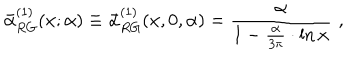
\bar { \alpha } _ { R G } ^ { ( 1 ) } ( x ; \alpha ) \equiv \bar { \alpha } _ { R G } ^ { ( 1 ) } ( x , 0 , \alpha ) = \frac { \alpha } { 1 - \frac { \alpha } { 3 \pi } \cdot \ln x } \, \, ,